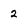
Character: 2